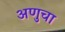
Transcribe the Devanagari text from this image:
अणुचा